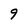
Character: 9